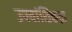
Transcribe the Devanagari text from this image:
उपवांशिकता